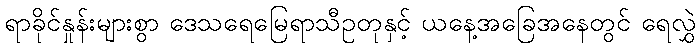
ရာခိုင်နှုန်းများစွာ ဒေသရေမြေရာသီဥတုနှင့် ယနေ့အခြေအနေတွင် ရေလွှဲ